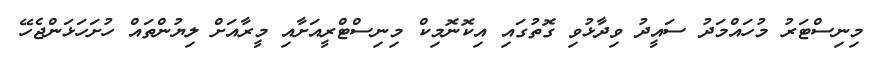
މިނިސްޓަރު މުހައްމަދު ސައީދު ވިދާޅުވި ގޮތުގައި އިކޮނޮމިކް މިނިސްޓްރީއަށާއި މީރާއަށް ލިޔުންތައް ހުށަހަޅަންޖެހޭ